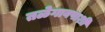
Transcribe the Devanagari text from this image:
तळेगावपाशी